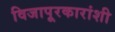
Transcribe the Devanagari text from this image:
विजापूरकारांशी